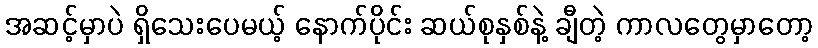
အဆင့်မှာပဲ ရှိသေးပေမယ့် နောက်ပိုင်း ဆယ်စုနှစ်နဲ့ ချီတဲ့ ကာလတွေမှာတော့